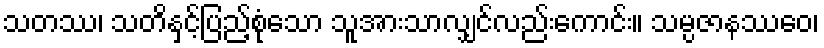
သတဿ၊ သတိနှင့်ပြည့်စုံသော သူအားသာလျှင်လည်းကောင်း။ သမ္ပဇာနဿေဝ၊